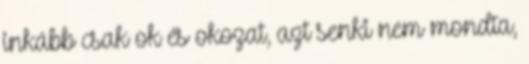
inkább csak ok és okozat, azt senki nem mondta,